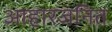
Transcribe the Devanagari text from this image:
आहारजनित